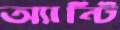
অ্যান্টি